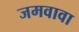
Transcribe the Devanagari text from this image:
जमवावा